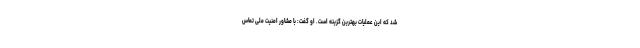
شد که این عملیات بهترین گزینه است. او گفت: با مشاور امنیت ملی تماس